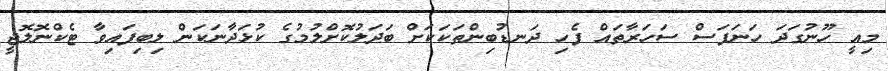
މިއީ ހޫނުގަދަ ހަނަފަސް ސަހަރާތައް ފެހި ދަނޑުބިންތަކަކަށް ބަދަލުކޮށްލުމުގެ ކުޅަދާނަކަން ލިބިފައިވާ ޓެކްނޮލޮޖީ